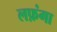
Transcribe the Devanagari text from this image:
लफ़ंगा